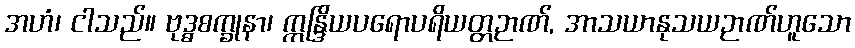
အဟံ၊ ငါသည်။ ဗုဒ္ဓစက္ခုနာ၊ ဣန္ဒြိယပရောပရိယတ္တဉာဏ်, အာသယာနုသယဉာဏ်ဟူသော